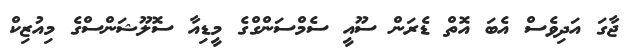
ޖާގަ އަދިވެސް އެބަ އޮތް ޑެރަން ސޫއީ ސެމްސަންގްގެ މީޑިއާ ސޮލޫޝަންސްގެ މިއުޒިކް